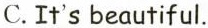
C.It's beautiful.